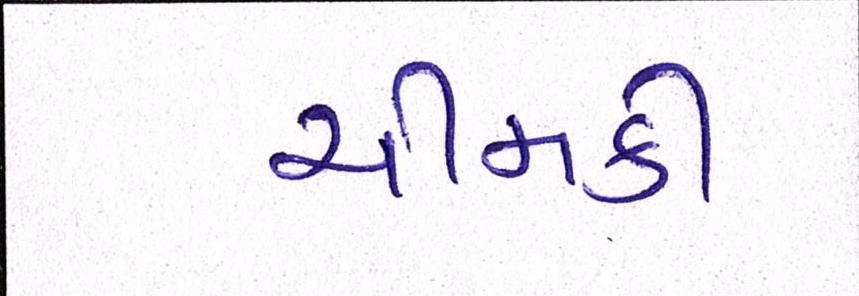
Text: ચીમકી